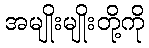
အမျိုးမျိုးတို့ကို